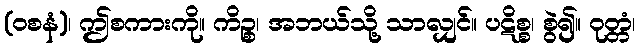
(ဝစနံ)၊ ဤစကားကို။ ကိဉ္စ၊ အဘယ်သို့ သာလျှင်။ ပဋိစ္စ၊ စွဲ၍။ ဝုတ္တံ၊